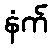
နံက်